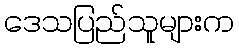
ဒေသပြည်သူများက